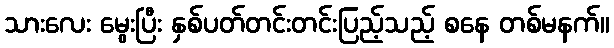
သားလေး မွေးပြီး နှစ်ပတ်တင်းတင်းပြည့်သည့် စနေ တစ်မနက်။